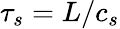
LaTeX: \tau_{s}=L/c_{s}